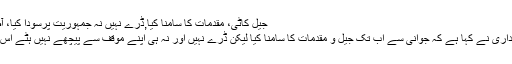
جیل کاٹی، مقدمات کا سامنا کیا,ڈرے نہیں نہ جمہوریت پرسودا کیا، آصف زرداری asif-zardari
کراچی : سابق صدر آصف زرداری نے کہا ہے کہ جوانی سے اب تک جیل و مقدمات کا سامنا کیا لیکن ڈرے نہیں اور نہ ہی اپنے موقف سے پیچھے نہیں ہٹے اس لیے تاریخ میں سُرخرو ہوئے۔